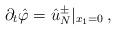
LaTeX: \begin{align*}\partial_t\hat{\varphi}=\hat{u}^{\pm}_N|_{x_1=0}\,,\end{align*}